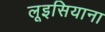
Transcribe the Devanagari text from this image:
लूइसियाना